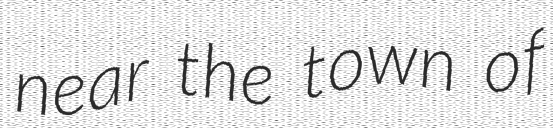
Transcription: near the town of